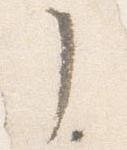
了